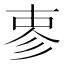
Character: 𪫈